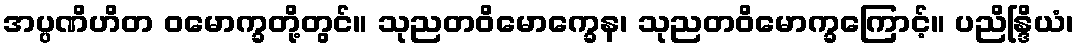
အပ္ပဏိဟိတ ဝမောက္ခတို့တွင်။ သုညတဝိမောက္ခေန၊ သုညတဝိမောက္ခကြောင့်။ ပညိန္ဒြိယံ၊